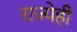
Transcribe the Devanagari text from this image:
राज्येही